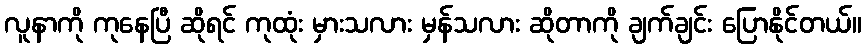
လူနာကို ကုနေပြီ ဆိုရင် ကုထုံး မှားသလား မှန်သလား ဆိုတာကို ချက်ချင်း ပြောနိုင်တယ်။